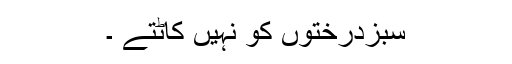
سبزدرختوں کو نہیں کاٹتے ۔